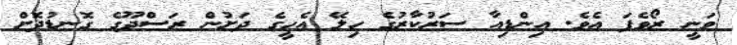
ވަނީ ރޯވެފަ އެވެ. އިންޑިއާ ސަރުކާރުގެ ހިލޭ އެހީގެ ދަށުން ރަސްދޫގެ ގޮނޑުދޮށް